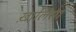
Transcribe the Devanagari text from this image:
ख़ालिसा